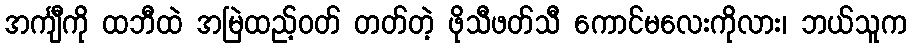
အင်္ကျီကို ထဘီထဲ အမြဲထည့်ဝတ် တတ်တဲ့ ဖိုသီဖတ်သီ ကောင်မလေးကိုလား၊ ဘယ်သူက